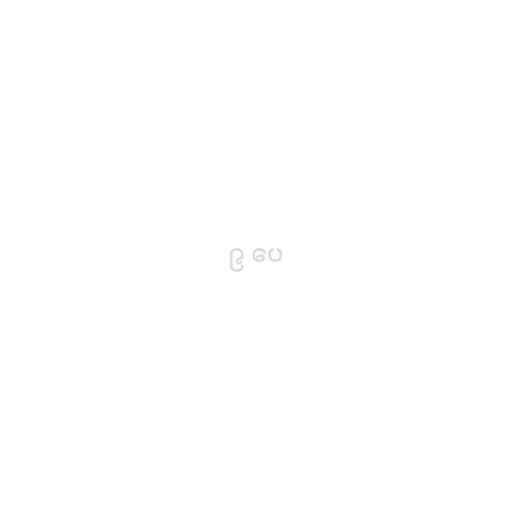
၉ ပေ